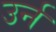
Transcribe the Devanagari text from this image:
उर्न